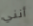
أنني